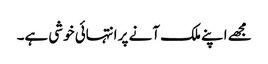
مجھے اپنے ملک آنے پر انتہائی خوشی ہے۔